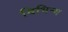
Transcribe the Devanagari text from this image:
विभिन्य